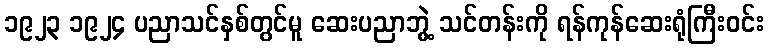
၁၉၂၃ ၁၉၂၄ ပညာသင်နှစ်တွင်မူ ဆေးပညာဘွဲ့ သင်တန်းကို ရန်ကုန်ဆေးရုံကြီးဝင်း